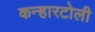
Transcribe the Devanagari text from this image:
कन्हारटोली